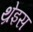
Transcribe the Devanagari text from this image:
थ्रेइस